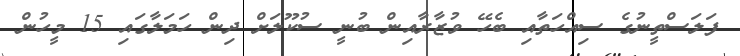
ފަލަސްތީނުގެ ސިއްހަތާއި ބެހޭ ވުޒާރާއިން ބުނީ ސުކޫލަށް ދިން ހަމަލާގައި 15 މީހުން